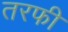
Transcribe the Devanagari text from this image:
तरफी